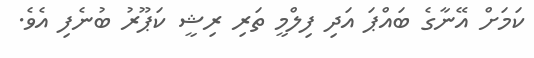
ކަމަށް އޭނާގެ ބައްޕަ އަދި ފިލްމީ ތަރި ރިޝީ ކަޕޫރު ބުނެފި އެވެ.